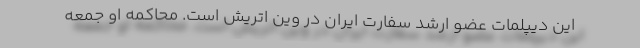
این دیپلمات عضو ارشد سفارت ایران در وین اتریش است. محاکمه او جمعه